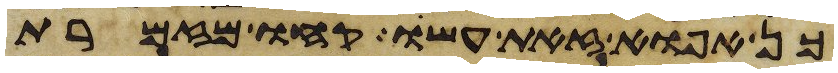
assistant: כן אפוא זאת עשו קחו מזמרת